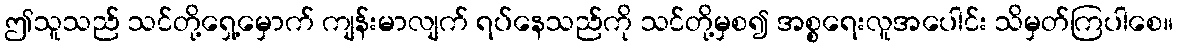
ဤသူသည် သင်တို့ရှေ့မှောက် ကျန်းမာလျက် ရပ်နေသည်ကို သင်တို့မှစ၍ အစ္စရေးလူအပေါင်း သိမှတ်ကြပါစေ။